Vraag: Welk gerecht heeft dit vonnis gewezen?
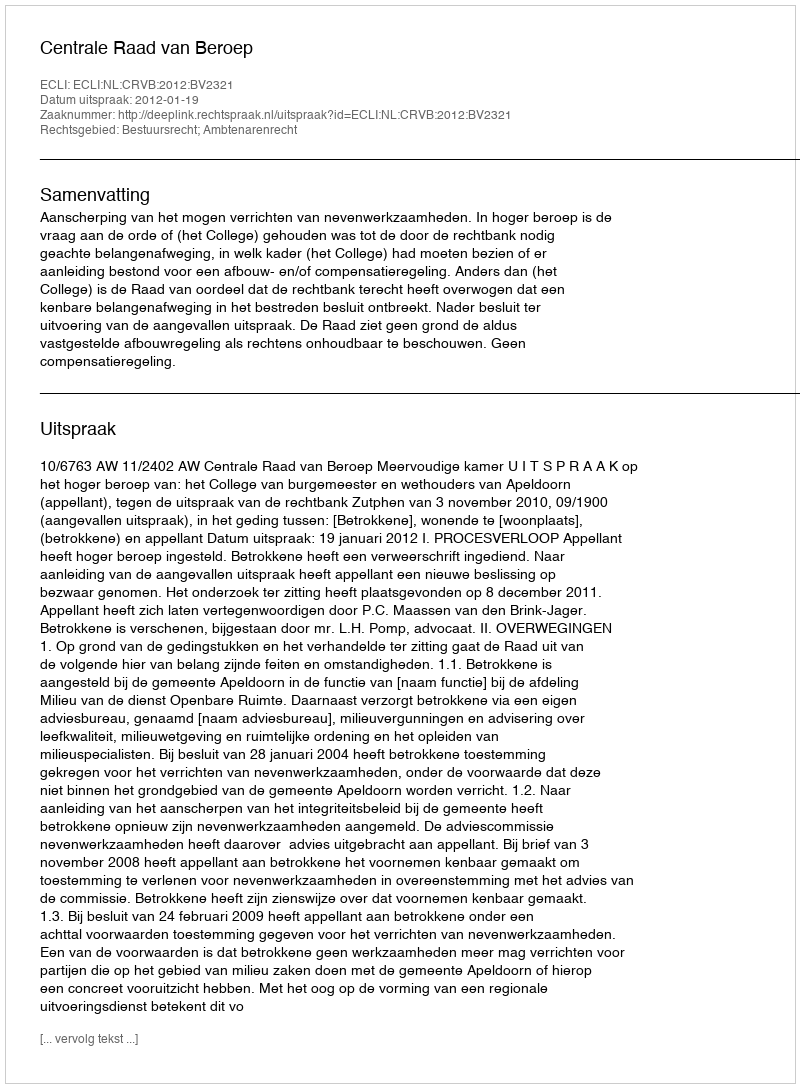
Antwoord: Centrale Raad van Beroep